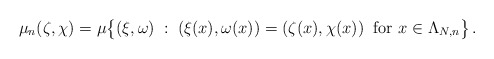
\begin{align*}\mu_n(\zeta,\chi)=\mu\big\{ (\xi,\omega)\; :\; (\xi(x),\omega(x))=(\zeta(x),\chi(x)) \; \; {\rm for}\ x \in \Lambda_{N,n} \big\} \, .\end{align*}